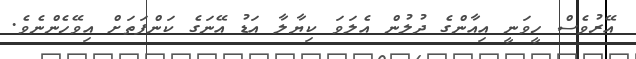
އޭރުވެސް ހީވަނީ އިއާންގެ ދުލުން އެލަވަ ކިޔާލާ އަޑު އޭނަގެ ކަންފަތަށް އިވޭހެންނެވެ.